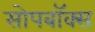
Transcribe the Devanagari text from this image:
सोपबॉक्स